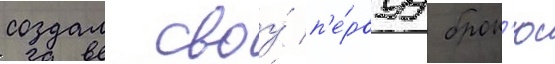
создал своу́ п'е́рвуу брон'ю